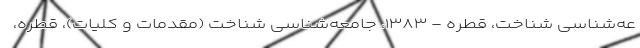
عه‌شناسی شناخت، قطره - ۱۳۸۳، جامعه‌شناسی شناخت (مقدمات و کلیات)، قطره،